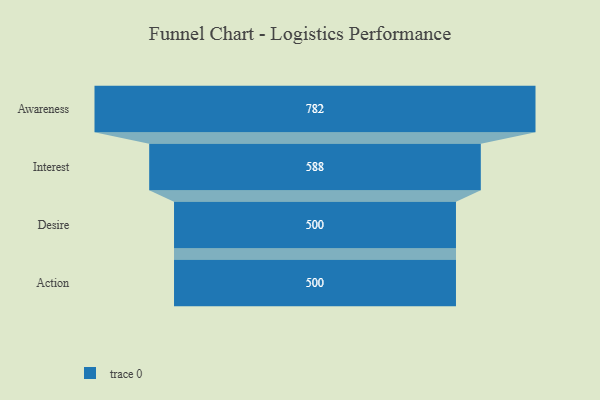
{"axis": {"x": "Stage", "y": "Value"}, "legend": [""], "data": [{"x": "Awareness", "y": 782.0, "type": ""}, {"x": "Interest", "y": 588.0, "type": ""}, {"x": "Desire", "y": 500, "type": ""}, {"x": "Action", "y": 500, "type": ""}]}